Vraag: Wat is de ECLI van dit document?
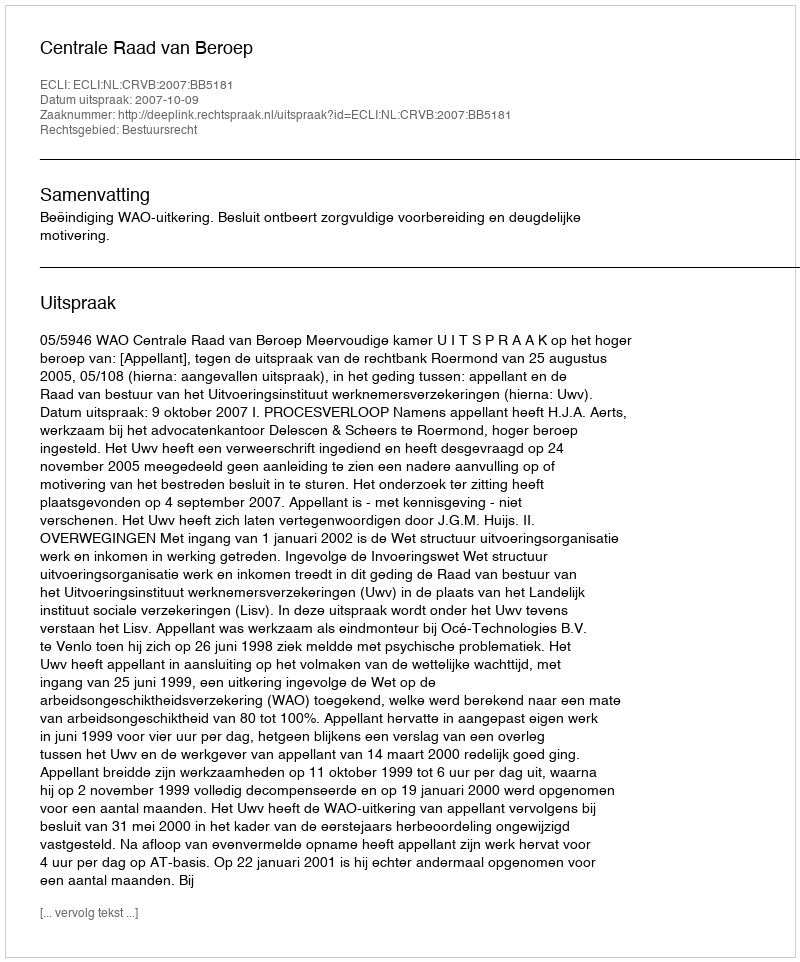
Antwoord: ECLI:NL:CRVB:2007:BB5181